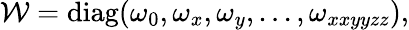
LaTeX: \mathcal{W}=\mathrm{diag}(\omega_{0},\omega_{x},\omega_{y},...,\omega_{xxyyzz}),